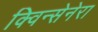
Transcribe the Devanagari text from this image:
क्विन्सेनेरा